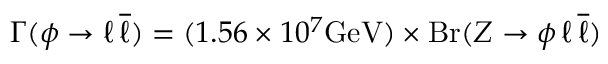
\Gamma ( \phi \to \ell \, \overline { { { \ell } } } ) = ( 1 . 5 6 \times 1 0 ^ { 7 } { \mathrm { G e V } } ) \times \mathrm { B r } ( Z \to \phi \, \ell \, \overline { { { \ell } } } )